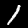
Label: 1